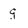
Character: g